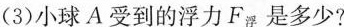
(3)小球A受到的浮力F_{浮}是多少?